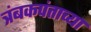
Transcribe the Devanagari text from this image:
त्रंबकपंताच्या